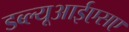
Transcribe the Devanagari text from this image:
डब्ल्यूआईएसए